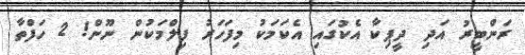
ރަންބީރު އަދި ދީޕިކާ އެކުގައި އެކަމަކު މިފަހަރު ފިލްމަކުން ނޫން! 2 ހަފްތާ